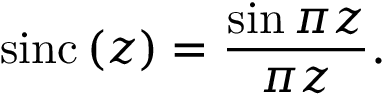
\mathrm { s i n c } \left( z \right) = \frac { \sin { \pi z } } { \pi z } .